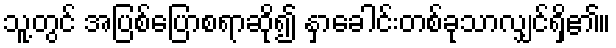
သူ့တွင် အပြစ်ပြောစရာဆို၍ နှာခေါင်းတစ်ခုသာလျှင်ရှိ၏။